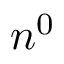
n ^ { 0 }